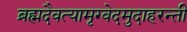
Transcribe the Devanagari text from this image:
ब्रह्मदैवत्यामृग्वेदमुदाहरन्तीं